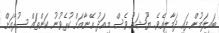
ބައިލަމުން ފައި ދަމާލިއެވެ. ޔޫޝައު ވެސް މިއަދު އޭނާއަށް ކުރެވުނު ކަންތައް ސުދާއަށް